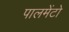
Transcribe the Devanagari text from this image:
पालमेंटो